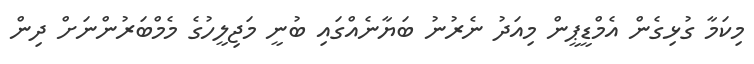
މިކަމާ ގުޅިގެން އެމްޑީޕީން މިއަދު ނެރުނު ބަޔާނެއްގައި ބުނީ މަޖިލީހުގެ މެމްބަރުންނަށް ދިން